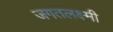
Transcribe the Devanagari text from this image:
जगतलक्ष्मी